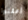
أعلنوا